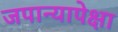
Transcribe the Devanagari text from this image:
जपान्यापेक्षा